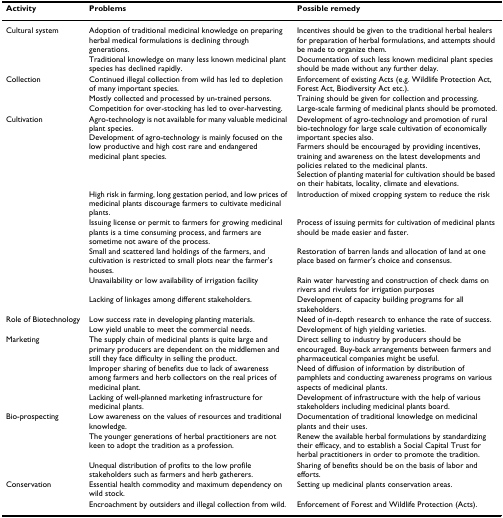
<table><thead><tr><td><b>Activity</b></td><td><b>Problems</b></td><td><b>Possible remedy</b></td></tr></thead><tbody><tr><td>Cultural system</td><td>Adoption of traditional medicinal knowledge on preparing herbal medical formulations is declining through generations.</td><td>Incentives should be given to the traditional herbal healers for preparation of herbal formulations, and attempts should be made to organize them.</td></tr><tr><td></td><td>Traditional knowledge on many less known medicinal plant species has declined rapidly.</td><td>Documentation of such less known medicinal plant species should be made without any further delay.</td></tr><tr><td>Collection</td><td>Continued illegal collection from wild has led to depletion of many important species.</td><td>Enforcement of existing Acts (e.g. Wildlife Protection Act, Forest Act, Biodiversity Act etc.).</td></tr><tr><td></td><td>Mostly collected and processed by un-trained persons.</td><td>Training should be given for collection and processing.</td></tr><tr><td></td><td>Competition for over-stocking has led to over-harvesting.</td><td>Large-scale farming of medicinal plants should be promoted.</td></tr><tr><td>Cultivation</td><td>Agro-technology is not available for many valuable medicinal plant species.Development of agro-technology is mainly focused on the low productive and high cost rare and endangered medicinal plant species.</td><td>Development of agro-technology and promotion of rural bio-technology for large scale cultivation of economically important species also.Farmers should be encouraged by providing incentives, training and awareness on the latest developments and policies related to the medicinal plants.Selection of planting material for cultivation should be based on their habitats, locality, climate and elevations.</td></tr><tr><td></td><td>High risk in farming, long gestation period, and low prices of medicinal plants discourage farmers to cultivate medicinal plants.</td><td>Introduction of mixed cropping system to reduce the risk</td></tr><tr><td></td><td>Issuing license or permit to farmers for growing medicinal plants is a time consuming process, and farmers are sometime not aware of the process.</td><td>Process of issuing permits for cultivation of medicinal plants should be made easier and faster.</td></tr><tr><td></td><td>Small and scattered land holdings of the farmers, and cultivation is restricted to small plots near the farmer&#x27;s houses.</td><td>Restoration of barren lands and allocation of land at one place based on farmer&#x27;s choice and consensus.</td></tr><tr><td></td><td>Unavailability or low availability of irrigation facility</td><td>Rain water harvesting and construction of check dams on rivers and rivulets for irrigation purposes</td></tr><tr><td></td><td>Lacking of linkages among different stakeholders.</td><td>Development of capacity building programs for all stakeholders.</td></tr><tr><td>Role of Biotechnology</td><td>Low success rate in developing planting materials.</td><td>Need of in-depth research to enhance the rate of success.</td></tr><tr><td></td><td>Low yield unable to meet the commercial needs.</td><td>Development of high yielding varieties.</td></tr><tr><td>Marketing</td><td>The supply chain of medicinal plants is quite large and primary producers are dependent on the middlemen and still they face difficulty in selling the product.</td><td>Direct selling to industry by producers should be encouraged. Buy-back arrangements between farmers and pharmaceutical companies might be useful.</td></tr><tr><td></td><td>Improper sharing of benefits due to lack of awareness among farmers and herb collectors on the real prices of medicinal plant.</td><td>Need of diffusion of information by distribution of pamphlets and conducting awareness programs on various aspects of medicinal plants.</td></tr><tr><td></td><td>Lacking of well-planned marketing infrastructure for medicinal plants.</td><td>Development of infrastructure with the help of various stakeholders including medicinal plants board.</td></tr><tr><td>Bio-prospecting</td><td>Low awareness on the values of resources and traditional knowledge.</td><td>Documentation of traditional knowledge on medicinal plants and their uses.</td></tr><tr><td></td><td>The younger generations of herbal practitioners are not keen to adopt the tradition as a profession.</td><td>Renew the available herbal formulations by standardizing their efficacy, and to establish a Social Capital Trust for herbal practitioners in order to promote the tradition.</td></tr><tr><td></td><td>Unequal distribution of profits to the low profile stakeholders such as farmers and herb gatherers.</td><td>Sharing of benefits should be on the basis of labor and efforts.</td></tr><tr><td>Conservation</td><td>Essential health commodity and maximum dependency on wild stock.</td><td>Setting up medicinal plants conservation areas.</td></tr><tr><td></td><td>Encroachment by outsiders and illegal collection from wild.</td><td>Enforcement of Forest and Wildlife Protection (Acts).</td></tr></tbody></table>